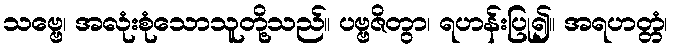
သဗ္ဗေ၊ အလုံးစုံသောသူတို့သည်။ ပဗ္ဗဇိတွာ၊ ရဟန်းပြု၍။ အရဟတ္တံ၊